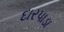
દારપાડા